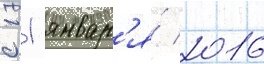
с 11 январ'я́ 2016